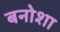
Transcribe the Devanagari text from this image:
बनोशा